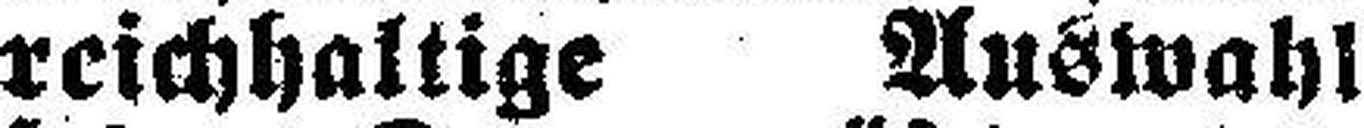
reichhaltige Auswahl